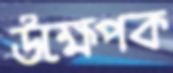
উক্ষেপক